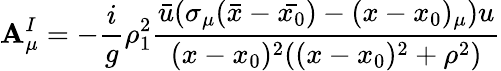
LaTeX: \mathbf{A}_{\mu}^{I}=-{\frac{{i}}{{g}}}\rho_{1}^{2}{\frac{{\bar{{u}}(\sigma_{\mu}(\bar{{x}}-\bar{{x_{0}}})-(x-x_{0})_{\mu})u}}{{(x-x_{0})^{2}((x-x_{0})^{2}+\rho^{2})}}}